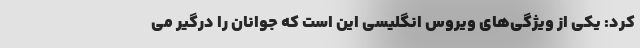
کرد: یکی از ویژگی‌های ویروس انگلیسی این است که جوانان را درگیر می